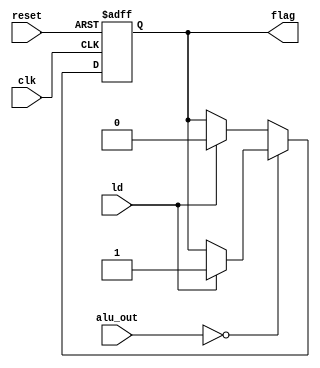
module flag(
    input reset,
    input clk,
    input ld,
    input [7:0] alu_out,
    output reg flag 
    );
    
always@(posedge reset or posedge clk)begin
    if(reset)
        flag = 0;
    else
        case(alu_out)
            8'b0000_0000 : if(ld == 1)
                flag = 1;
            default : if(ld == 1)
                flag = 0;
        endcase
end
endmodule